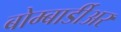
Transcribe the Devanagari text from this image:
बोम्बार्डीअर